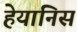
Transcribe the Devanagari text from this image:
हेयानिस